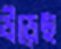
উড়েছ